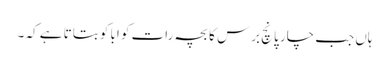
ہاں جب چار پانچ برس کا بچہ رات کو ابا کو بتاتا ہے کہ ۔